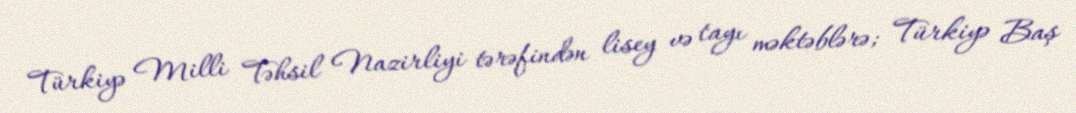
Türkiyə Milli Təhsil Nazirliyi tərəfindən lisey və tayı məktəblərə; Türkiyə Baş